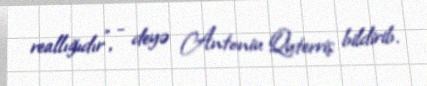
reallığıdır”, - deyə Antoniu Quterriş bildirib.